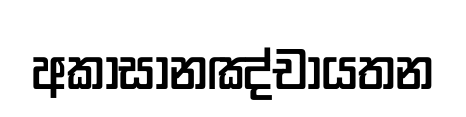
අකාසානඤ්චායතන